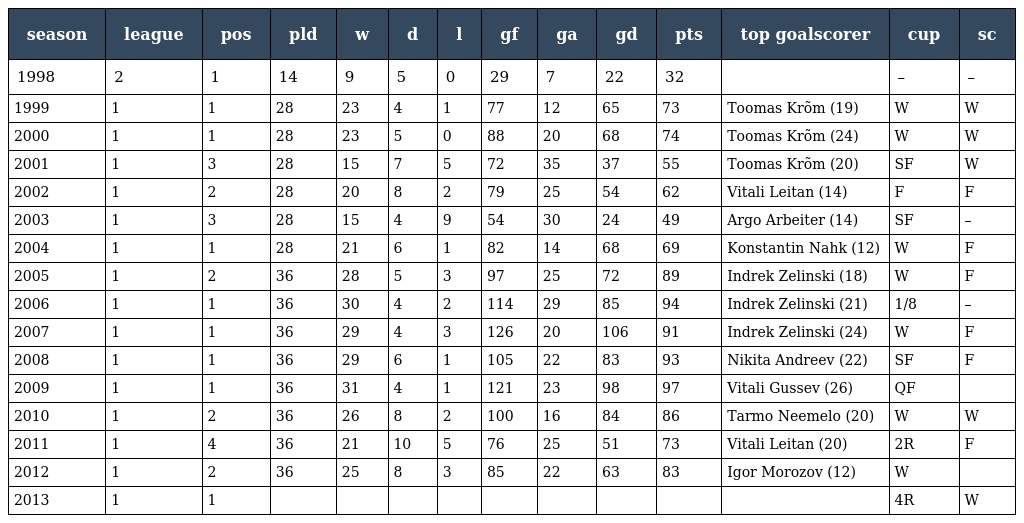
| season | league | pos | pld | w | d | l | gf | ga | gd | pts | top goalscorer | cup | sc |
 | --- | --- | --- | --- | --- | --- | --- | --- | --- | --- | --- | --- | --- | --- |
 | 1998 | 2 | 1 | 14 | 9 | 5 | 0 | 29 | 7 | 22 | 32 |  | – | – |
 | 1999 | 1 | 1 | 28 | 23 | 4 | 1 | 77 | 12 | 65 | 73 | Toomas Krõm (19) | W | W |
 | 2000 | 1 | 1 | 28 | 23 | 5 | 0 | 88 | 20 | 68 | 74 | Toomas Krõm (24) | W | W |
 | 2001 | 1 | 3 | 28 | 15 | 7 | 5 | 72 | 35 | 37 | 55 | Toomas Krõm (20) | SF | W |
 | 2002 | 1 | 2 | 28 | 20 | 8 | 2 | 79 | 25 | 54 | 62 | Vitali Leitan (14) | F | F |
 | 2003 | 1 | 3 | 28 | 15 | 4 | 9 | 54 | 30 | 24 | 49 | Argo Arbeiter (14) | SF | – |
 | 2004 | 1 | 1 | 28 | 21 | 6 | 1 | 82 | 14 | 68 | 69 | Konstantin Nahk (12) | W | F |
 | 2005 | 1 | 2 | 36 | 28 | 5 | 3 | 97 | 25 | 72 | 89 | Indrek Zelinski (18) | W | F |
 | 2006 | 1 | 1 | 36 | 30 | 4 | 2 | 114 | 29 | 85 | 94 | Indrek Zelinski (21) | 1/8 | – |
 | 2007 | 1 | 1 | 36 | 29 | 4 | 3 | 126 | 20 | 106 | 91 | Indrek Zelinski (24) | W | F |
 | 2008 | 1 | 1 | 36 | 29 | 6 | 1 | 105 | 22 | 83 | 93 | Nikita Andreev (22) | SF | F |
 | 2009 | 1 | 1 | 36 | 31 | 4 | 1 | 121 | 23 | 98 | 97 | Vitali Gussev (26) | QF |  |
 | 2010 | 1 | 2 | 36 | 26 | 8 | 2 | 100 | 16 | 84 | 86 | Tarmo Neemelo (20) | W | W |
 | 2011 | 1 | 4 | 36 | 21 | 10 | 5 | 76 | 25 | 51 | 73 | Vitali Leitan (20) | 2R | F |
 | 2012 | 1 | 2 | 36 | 25 | 8 | 3 | 85 | 22 | 63 | 83 | Igor Morozov (12) | W |  |
 | 2013 | 1 | 1 |  |  |  |  |  |  |  |  |  | 4R | W |